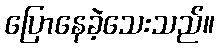
ပြောနေခဲ့သေးသည်။